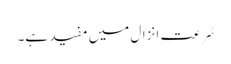
سُرعتِ انزال میں مفید ہے۔